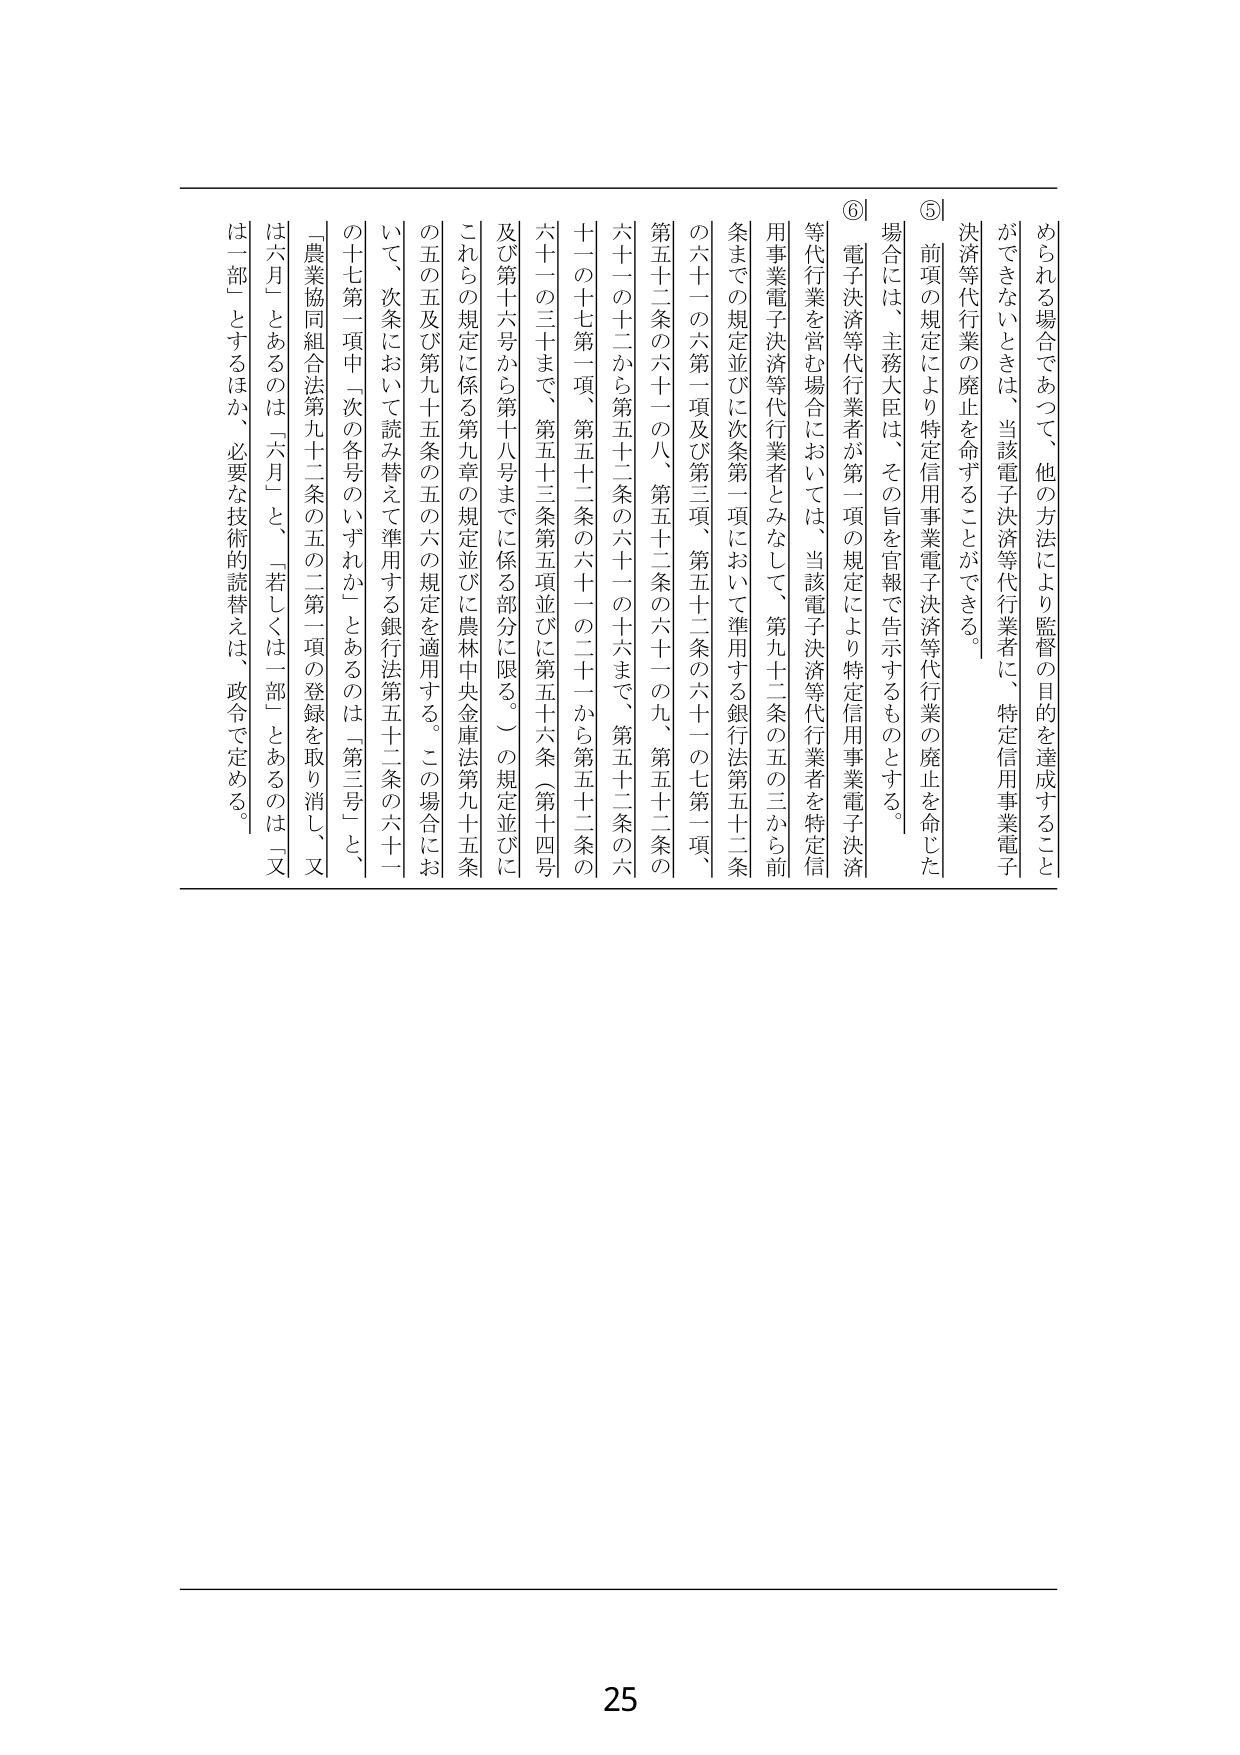
められる場合であつて、他の方法により監督の目的を達成すること
ができないときは、当該電子決済等代行業者に、特定信用事業電子
決済等代行業の廃止を命ずることができる。
⑤ 前項の規定により特定信用事業電子決済等代行業の廃止を命じた
場合には、主務大臣は、その旨を官報で告示するものとする。
⑥ 電子決済等代行業者が第一項の規定により特定信用事業電子決済
等代行業を営む場合においては、当該電子決済等代行業者を特定信
用事業電子決済等代行業者とみなして、第九十二条の五の三から前
条までの規定並びに次条第一項において準用する銀行法第五十二条
の六十一の六第一項及び第三項、第五十二条の六十一の七第一項、
第五十二条の六十一の八、第五十二条の六十一の九、第五十二条の
六十一の十二から第五十二条の六十一の十六まで、第五十二条の六
十一の十七第一項、第五十二条の六十一の二十一から第五十二条の
六十一の三十まで、第五十三条第五項並びに第五十六条（第十四条
及び第十六号から第十八号までに係る部分に限る。）の規定並びに
これらの規定に係る第九章の規定並びに農林中央金庫法第九十五条
の五の五及び第九十五条の五の六の規定を適用する。この場合にお
いて、次条において読み替えて準用する銀行法第五十二条の六十一
の十七第一項中「次の各号のいずれか」とあるのは「第三号」と、
「農業協同組合法第九十二条の五の二第一項の登録を取り消し、又
は六月」とあるのは「六月」と、「若しくは一部」とあるのは「又
は一部」とするほか、必要な技術的読替えは、政令で定める。
25